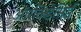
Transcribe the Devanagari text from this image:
ऑरकिडेसिई